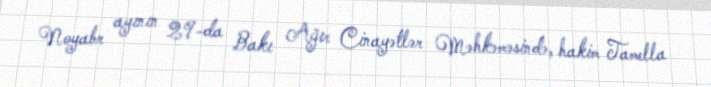
Noyabr ayının 29-da Bakı Ağır Cinayətlər Məhkəməsində, hakim Tamella